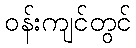
ဝန်းကျင်တွင်